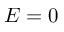
E = 0